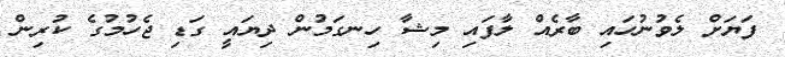
ފަޔަށް ލެވުނުހައި ބާރެއް ލާފައި މިޝާ ހިނގަމުން ދިޔައީ ގަޑި ޖެހުމުގެ ކުރިން